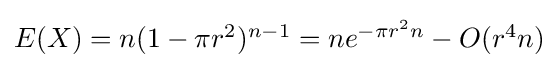
{\textstyle E(X)=n(1-\pi r^{2})^{n-1}=ne^{-\pi r^{2}n}-O(r^{4}n)}